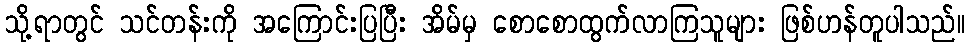
သို့ရာတွင် သင်တန်းကို အကြောင်းပြပြီး အိမ်မှ စောစောထွက်လာကြသူများ ဖြစ်ဟန်တူပါသည်။